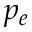
p _ { e }